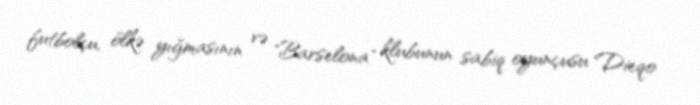
futbolçu, ölkə yığmasının və "Barselona" klubunun sabiq oyunçusu Dieqo